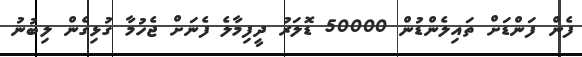
ފެން ފަންޑަށް ތައިލެންޑުން 50000 ޑޮލަރު ދީފިމާލެ ފެނަށް ޖެހުމާ ގުޅިގެން ލިބުނު